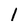
Character: l